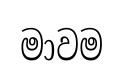
මාවම